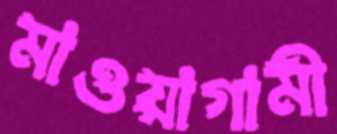
মাওয়াগামী